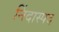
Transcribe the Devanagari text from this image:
निंदास्पद